Problem: 10 + 25 = ?
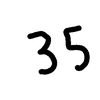
Handwritten answer: 35